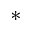
\ast